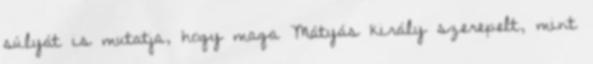
súlyát is mutatja, hogy maga Mátyás király szerepelt, mint